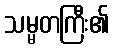
သမ္မတကြီး၏